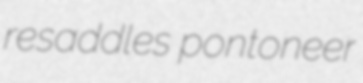
resaddles pontoneer